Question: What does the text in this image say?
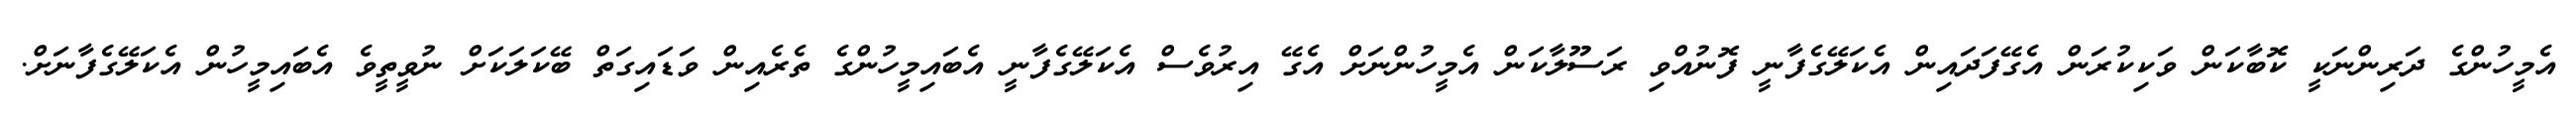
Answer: އެމީހުންގެ ދަރިންނަކީ ކޮބާކަން ވަކިކުރަން އެގޭފަދައިން އެކަލޭގެފާނީ ފޮނުއްވި ރަސޫލާކަން އެމީހުންނަށް އެގޭ އިރުވެސް އެކަލޭގެފާނީ އެބައިމީހުންގެ ތެރެއިން ވަޑައިގަތް ބޭކަލަކަށް ނުވީތީވެ އެބައިމީހުން އެކަލޭގެފާނަށް.